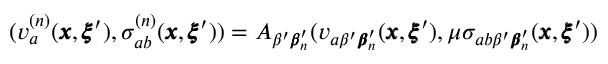
( v _ { a } ^ { ( n ) } ( { \pmb x } , { \pmb \xi } ^ { \prime } ) , \sigma _ { a b } ^ { ( n ) } ( { \pmb x } , { \pmb \xi } ^ { \prime } ) ) = A _ { \beta ^ { \prime } { \pmb \beta } _ { n } ^ { \prime } } ( v _ { a \beta ^ { \prime } { \pmb \beta } _ { n } ^ { \prime } } ( { \pmb x } , { \pmb \xi } ^ { \prime } ) , \mu \sigma _ { a b \beta ^ { \prime } { \pmb \beta } _ { n } ^ { \prime } } ( { \pmb x } , { \pmb \xi } ^ { \prime } ) )